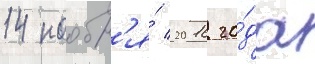
14 ноабр'я́ 2016 го́да